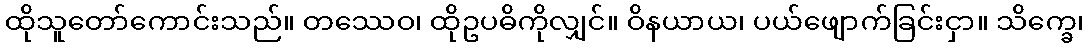
ထိုသူတော်ကောင်းသည်။ တဿေဝ၊ ထိုဥပဓိကိုလျှင်။ ဝိနယာယ၊ ပယ်ဖျောက်ခြင်းငှာ။ သိက္ခေ၊